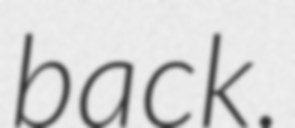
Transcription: back.